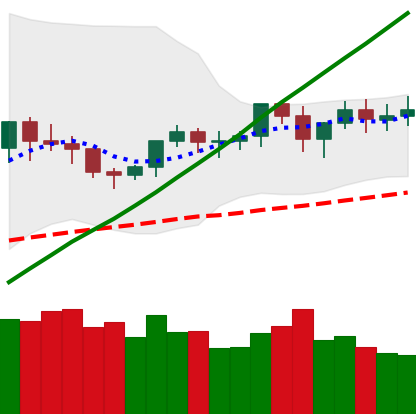
Ticker: XMR-USD
Chart end date: 2021-03-20
Forward return: -9.267%
Label: down_7plus